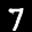
Label: 7